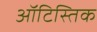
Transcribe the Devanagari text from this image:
ऑटिस्तिक